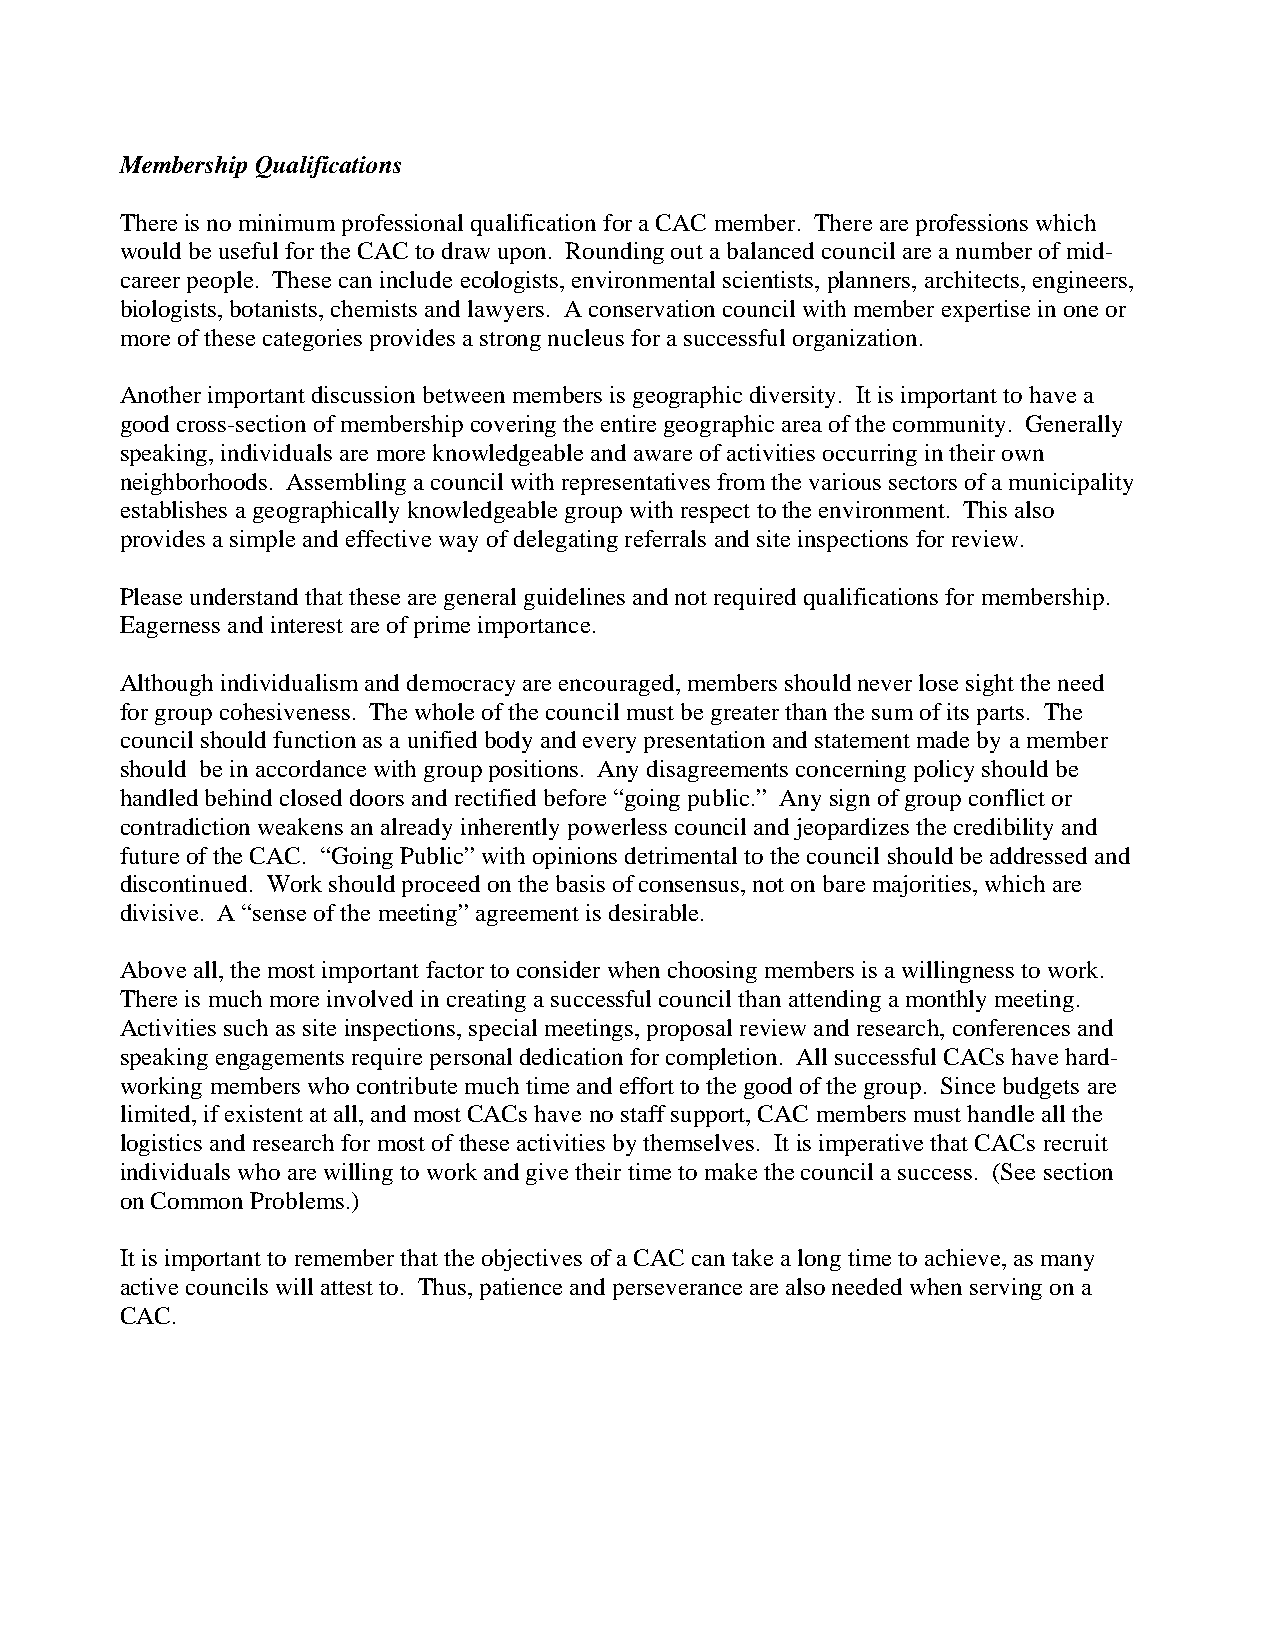
Membership Qualifications
 There is no minimum professional qualification for a CAC member. There are professions which
 would be useful for the CAC to draw upon. Rounding out a balanced council are a number of mid-
 career people. These can include ecologists, environmental scientists, planners, architects, engineers,
 biologists, botanists, chemists and lawyers. A conservation council with member expertise in one or
 more of these categories provides a strong nucleus for a successful organization.
 Another important discussion between members is geographic diversity. It is important to have a
 good cross-section of membership covering the entire geographic area of the community. Generally
 speaking, individuals are more knowledgeable and aware of activities occurring in their own
 neighborhoods. Assembling a council with representatives from the various sectors of a municipality
 establishes a geographically knowledgeable group with respect to the environment. This also
 provides a simple and effective way of delegating referrals and site inspections for review.
 Please understand that these are general guidelines and not required qualifications for membership.
 Eagerness and interest are of prime importance.
 Although individualism and democracy are encouraged, members should never lose sight the need
 for group cohesiveness. The whole of the council must be greater than the sum of its parts. The
 council should function as a unified body and every presentation and statement made by a member
 should be in accordance with group positions. Any disagreements concerning policy should be
 handled behind closed doors and rectified before “going public.” Any sign of group conflict or
 contradiction weakens an already inherently powerless council and jeopardizes the credibility and
 future of the CAC. “Going Public” with opinions detrimental to the council should be addressed and
 discontinued. Work should proceed on the basis of consensus, not on bare majorities, which are
 divisive. A “sense of the meeting” agreement is desirable.
 Above all, the most important factor to consider when choosing members is a willingness to work.
 There is much more involved in creating a successful council than attending a monthly meeting.
 Activities such as site inspections, special meetings, proposal review and research, conferences and
 speaking engagements require personal dedication for completion. All successful CACs have hard-
 working members who contribute much time and effort to the good of the group. Since budgets are
 limited, if existent at all, and most CACs have no staff support, CAC members must handle all the
 logistics and research for most of these activities by themselves. It is imperative that CACs recruit
 individuals who are willing to work and give their time to make the council a success. (See section
 on Common Problems.)
 It is important to remember that the objectives of a CAC can take a long time to achieve, as many
 active councils will attest to. Thus, patience and perseverance are also needed when serving on a
 CAC.